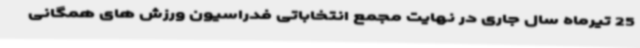
25 تیرماه سال جاری در نهایت مجمع انتخاباتی فدراسیون ورزش های همگانی